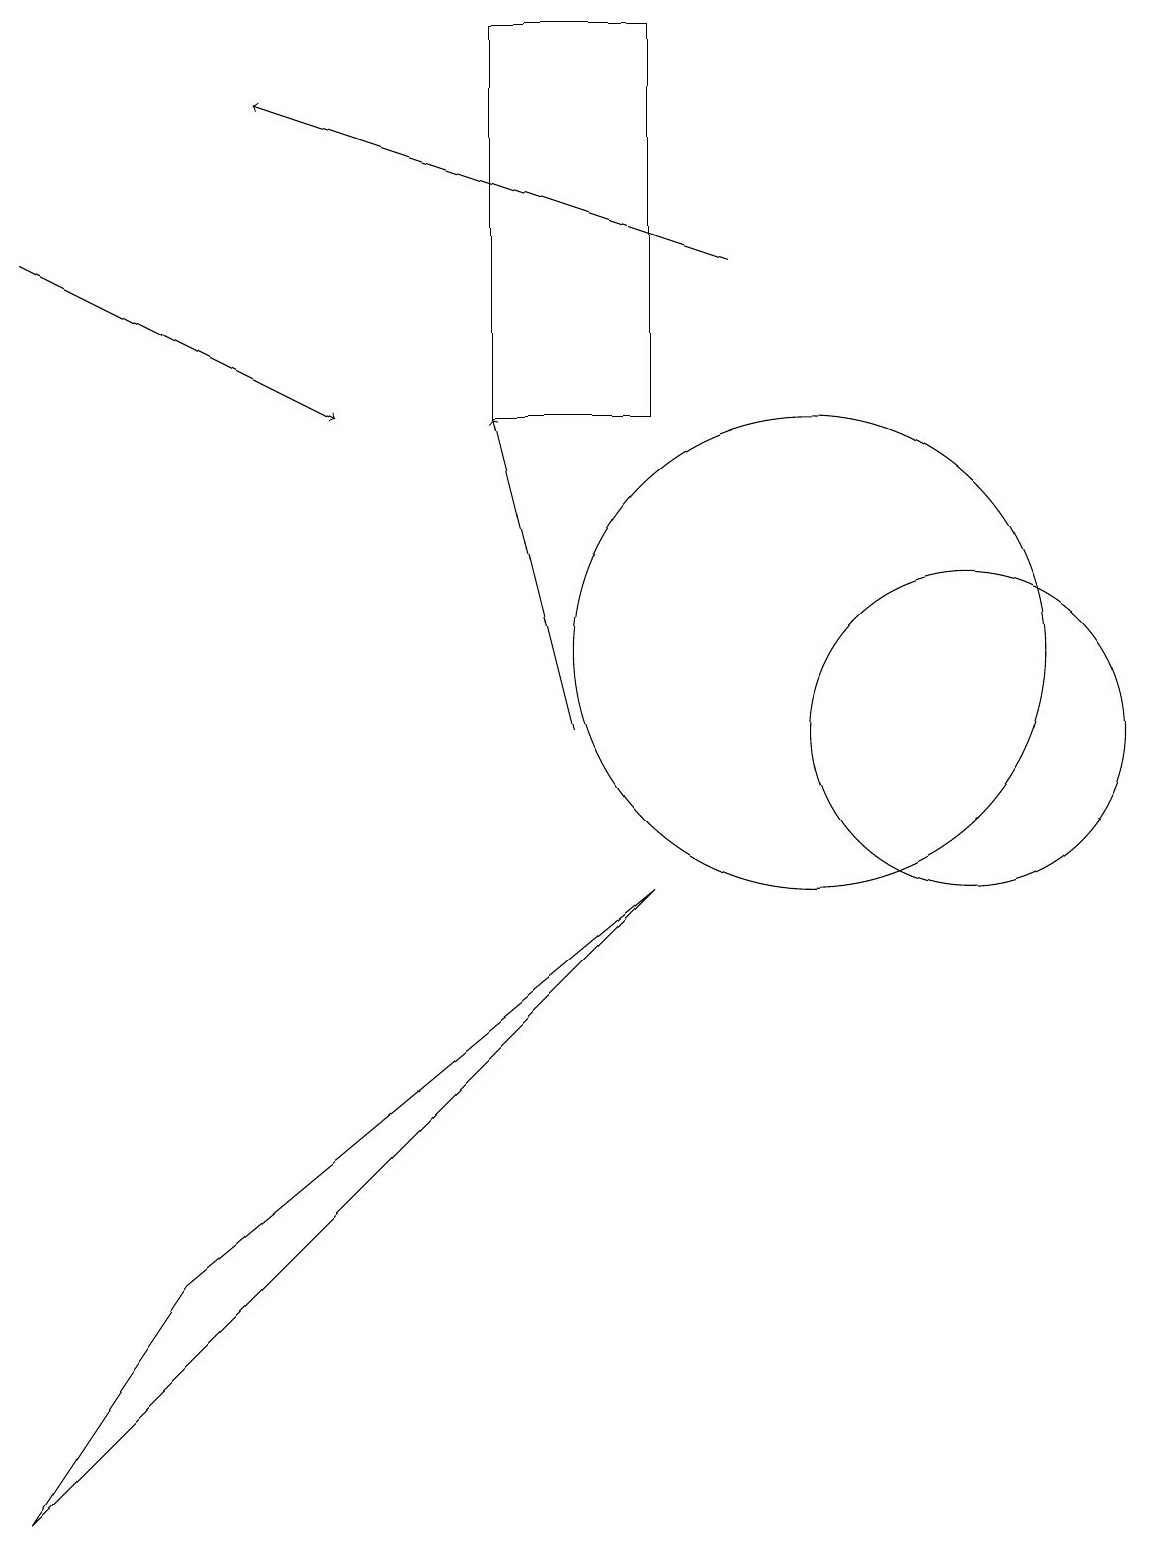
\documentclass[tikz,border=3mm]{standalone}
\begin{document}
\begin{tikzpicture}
\draw (10,11) circle (3);
\draw (2,3) -- (8,8) -- (0,0) -- cycle;
\draw (12,10) circle (2);
\draw[->] (0,16) -- (4,14);
\draw[->] (9,16) -- (3,18);
\draw[->] (7,10) -- (6,14);
\draw (8,19) rectangle (6,14);
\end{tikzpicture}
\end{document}